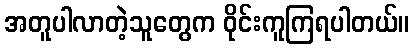
အတူပါလာတဲ့သူတွေက ဝိုင်းကူကြရပါတယ်။